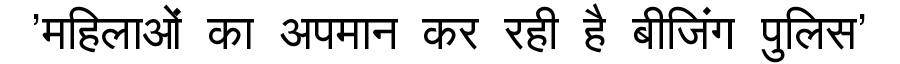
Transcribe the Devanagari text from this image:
'महिलाओं का अपमान कर रही है बीजिंग पुलिस'